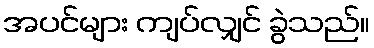
အပင်များ ကျပ်လျှင် ခွဲသည်။